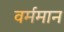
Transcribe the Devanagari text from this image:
वर्ममान